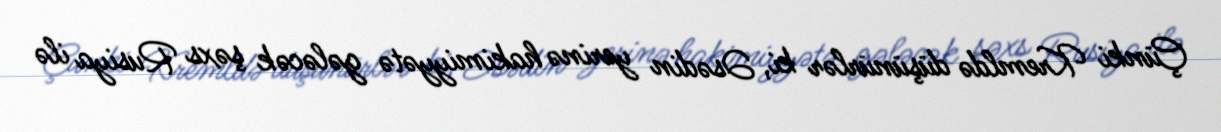
Çünki Kremldə düşünürlər ki, Əsədin yerinə hakimiyyətə gələcək şəxs Rusiya ilə